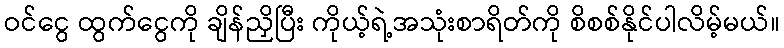
ဝင်ငွေ ထွက်ငွေကို ချိန်ညှိပြီး ကိုယ့်ရဲ့အသုံးစာရိတ်ကို စိစစ်နိုင်ပါလိမ့်မယ်။